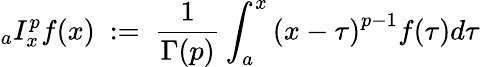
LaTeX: {}_{a}I_{x}^{p}f(x)~:=~{\frac{1}{\Gamma(p)}}\int_{a}^{x}{(x-\tau)}^{p-1}f(\tau)d\tau